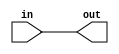
module coreir_andr #(
    parameter width = 1
) (
    input [width-1:0] in,
    output out
);
  assign out = &in;
endmodule

module And8x4 (
    input [3:0] I0,
    input [3:0] I1,
    input [3:0] I2,
    input [3:0] I3,
    input [3:0] I4,
    input [3:0] I5,
    input [3:0] I6,
    input [3:0] I7,
    output [3:0] O
);
wire andr_inst0_out;
wire andr_inst1_out;
wire andr_inst2_out;
wire andr_inst3_out;
wire [7:0] andr_inst0_in;
assign andr_inst0_in = {I7[0],I6[0],I5[0],I4[0],I3[0],I2[0],I1[0],I0[0]};
coreir_andr #(
    .width(8)
) andr_inst0 (
    .in(andr_inst0_in),
    .out(andr_inst0_out)
);
wire [7:0] andr_inst1_in;
assign andr_inst1_in = {I7[1],I6[1],I5[1],I4[1],I3[1],I2[1],I1[1],I0[1]};
coreir_andr #(
    .width(8)
) andr_inst1 (
    .in(andr_inst1_in),
    .out(andr_inst1_out)
);
wire [7:0] andr_inst2_in;
assign andr_inst2_in = {I7[2],I6[2],I5[2],I4[2],I3[2],I2[2],I1[2],I0[2]};
coreir_andr #(
    .width(8)
) andr_inst2 (
    .in(andr_inst2_in),
    .out(andr_inst2_out)
);
wire [7:0] andr_inst3_in;
assign andr_inst3_in = {I7[3],I6[3],I5[3],I4[3],I3[3],I2[3],I1[3],I0[3]};
coreir_andr #(
    .width(8)
) andr_inst3 (
    .in(andr_inst3_in),
    .out(andr_inst3_out)
);
assign O = {andr_inst3_out,andr_inst2_out,andr_inst1_out,andr_inst0_out};
endmodule